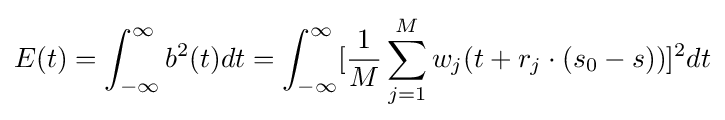
E(t)=\int _{-\infty }^{\infty }b^{2}(t)dt=\int _{-\infty }^{\infty }[{\frac {1}{M}}\sum _{j=1}^{M}w_{j}(t+r_{j}\cdot (s_{0}-s))]^{2}dt